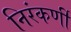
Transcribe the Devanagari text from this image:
निरंकर्णी